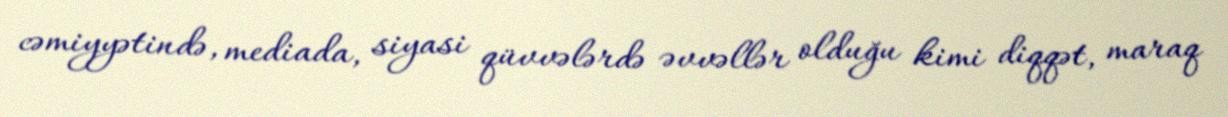
cəmiyyətində, mediada, siyasi qüvvələrdə əvvəllər olduğu kimi diqqət, maraq